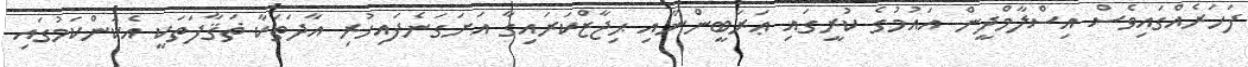
ފަހަރެއްގައިވެސް އިސްލާމްދީން އައުމުގެ ކުރީގައި ޢަރަބީންނާއި ޙިޖާޒްކަރައިގާ އަށަގަނެފައިހުރި އާދަތަކާ ޡަޤާފަތަކީ އެކަންކަމުގައި